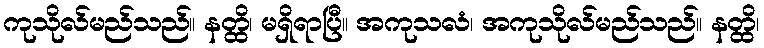
ကုသိုလ်မည်သည်။ နတ္ထိ၊ မရှိရာပြီ။ အကုသလံ၊ အကုသိုလ်မည်သည်။ နတ္ထိ၊